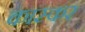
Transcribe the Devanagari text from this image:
कास्कर